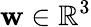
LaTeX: \mathbf{w}\in\mathbb{R}^{3}